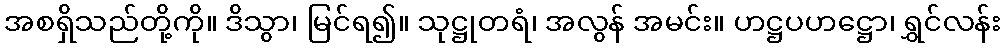
အစရှိသည်တို့ကို။ ဒိသွာ၊ မြင်ရ၍။ သုဋ္ဌုတရံ၊ အလွန် အမင်း။ ဟဋ္ဌပဟဋ္ဌော၊ ရွှင်လန်း